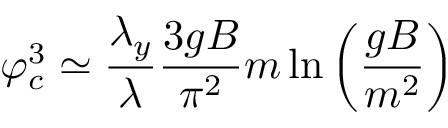
\varphi _ { c } ^ { 3 } \simeq \frac { \lambda _ { y } } { \lambda } \frac { 3 g B } { \pi ^ { 2 } } m \ln \left( \frac { g B } { m ^ { 2 } } \right)